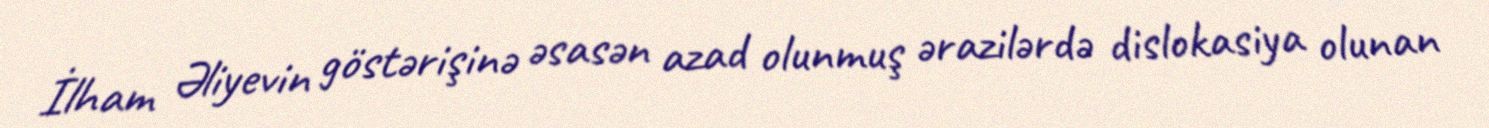
İlham Əliyevin göstərişinə əsasən azad olunmuş ərazilərdə dislokasiya olunan